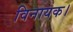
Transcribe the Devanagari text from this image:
विनायक।